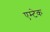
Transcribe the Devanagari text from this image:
एम्टेक